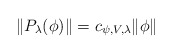
\begin{align*}\| P_\lambda(\phi)\| = c_{\psi, V, \lambda} \|\phi\|\end{align*}